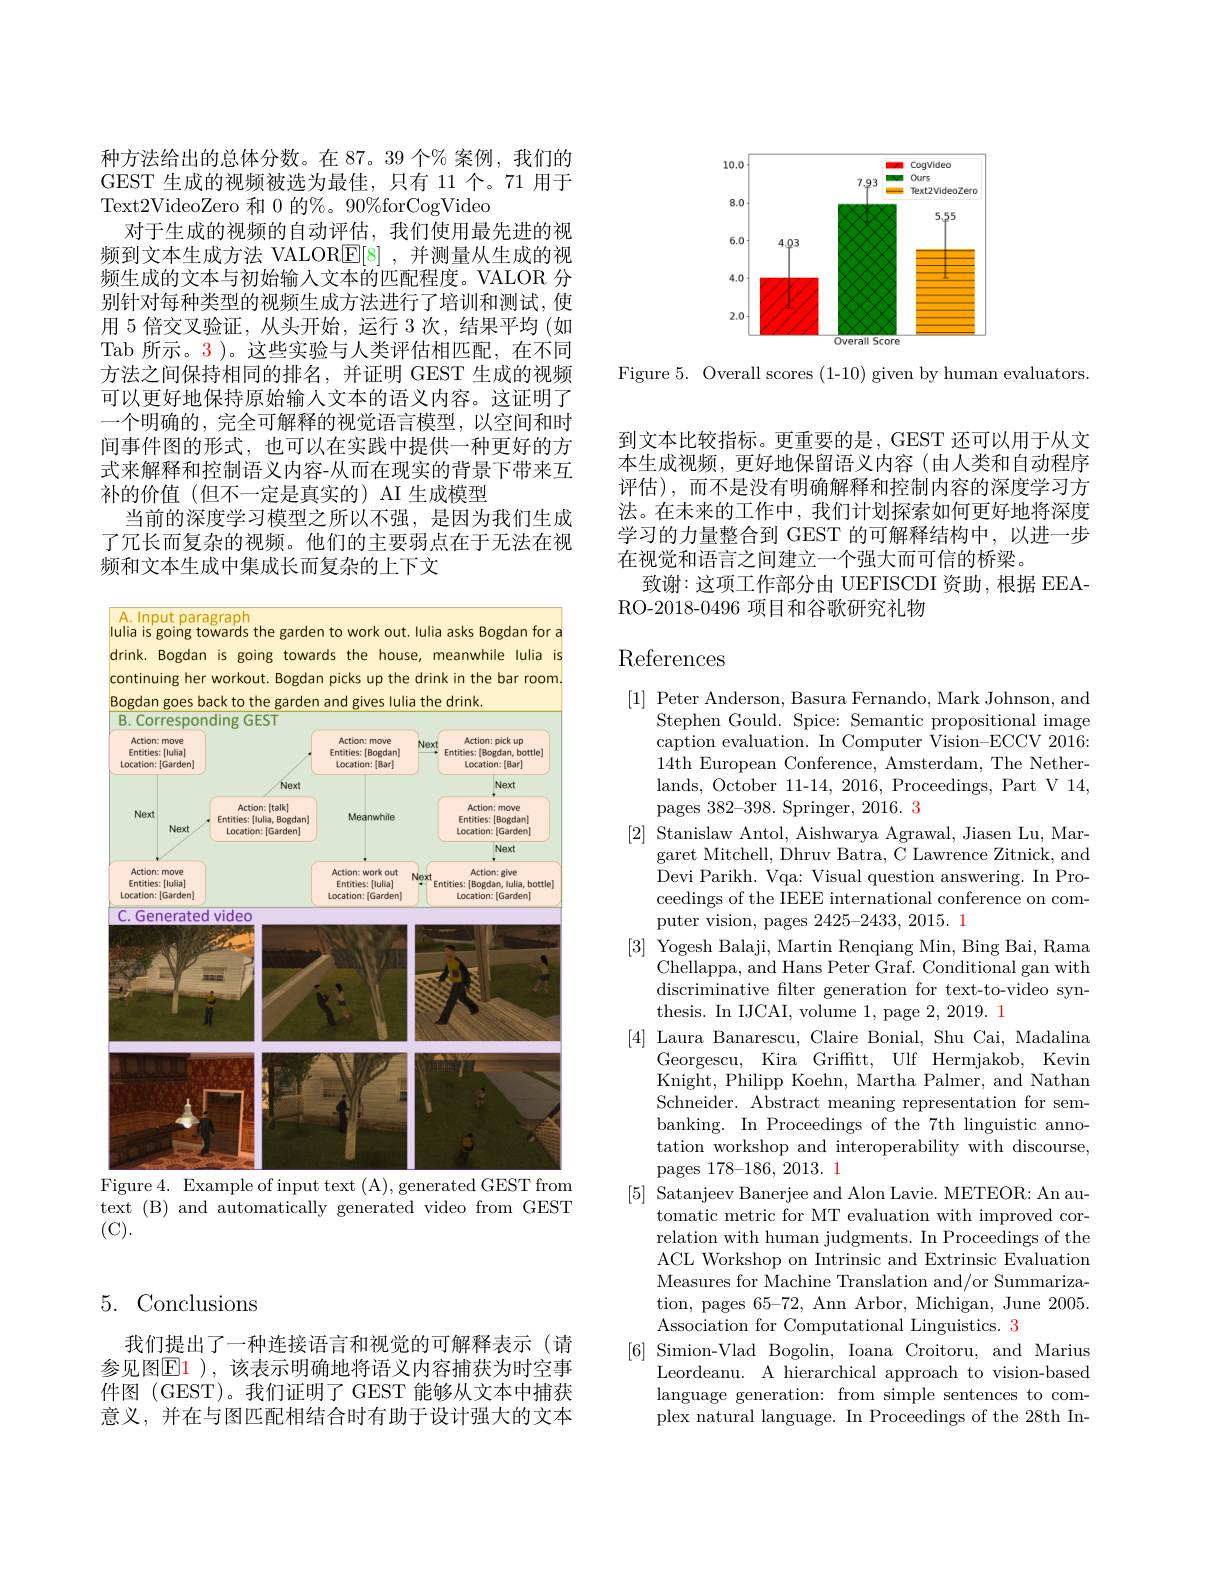
<FigureHere>

Figure 5. Overall scores (1-10) given by human evaluators.

## 5. Conclusions

我们提出了一种连接语言和视觉的可解释表示(请参见图$\operatorname{El}$1 ),该表示明确地将语义内容捕获为时空事件图 (GEST)。我们证明了 GEST 能够从文本中捕获意义，并在与图匹配相结合时有助于设计强大的文本

种方法给出的总体分数。在 87。39 个% 案例，我们的GEST 生成的视频被选为最佳，只有 11 个。71 用于Text2VideoZero 和 0 的%。90%forCogVideo
对于生成的视频的自动评估，我们使用最先进的视频到文本生成方法 VALOR$\mathbb{E}[8]$ ,并测量从生成的视频生成的文本与初始输入文本的匹配程度。VALOR 分别针对每种类型的视频生成方法进行了培训和测试，使用 5 倍交叉验证，从头开始，运行 3 次，结果平均 (如Tab 所示。3 )。这些实验与人类评估相匹配，在不同方法之间保持相同的排名，并证明 GEST 生成的视频可以更好地保持原始输入文本的语义内容。这证明了一个明确的，完全可解释的视觉语言模型，以空间和时间事件图的形式，也可以在实践中提供一种更好的方式来解释和控制语义内容-从而在现实的背景下带来互补的价值(但不一定是真实的) AI 生成模型
当前的深度学习模型之所以不强，是因为我们生成了冗长而复杂的视频。他们的主要弱点在于无法在视频和文本生成中集成长而复杂的上下文

$\boxed{\text{A.Input paragraph}}$
lulia is going towards the garden to work out. lulia asks Bogdan for a drink. Bogdan is going towards the house, meanwhile Iulia is continuing her workout. Bogdan picks up the drink in the bar room, Bogdan goes back to the garden and gives lulia the drink.

<FigureHere>
Figure 4. Example of input text (A), generated GEST from

text (B) and automatically generated video from GEST
(C).

到文本比较指标。更重要的是，GEST 还可以用于从文本生成视频，更好地保留语义内容(由人类和自动程序评估),而不是没有明确解释和控制内容的深度学习方法。在未来的工作中，我们计划探索如何更好地将深度学习的力量整合到 GEST 的可解释结构中，以进一步在视觉和语言之间建立一个强大而可信的桥梁。
致谢：这项工作部分由 UEFISCDI 资助，根据 EEA-
RO-2018-0496 项目和谷歌研究礼物

## $\operatorname{References}$

[1] Peter Anderson, Basura Fernando, Mark Johnson, and
Stephen Gould. Spice: Semantic propositional image caption evaluation. In Computer Vision-ECCV 2016: 14th European Conference, Amsterdam, The Netherlands, October 11-14, 2016, Proceedings, Part V 14, pages 382-398. Springer, 2016. 3
[2] Stanislaw Antol, Aishwarya Agrawal, Jiasen Lu, Mar-
garet Mitchell, Dhruv Batra, C Lawrence Zitnick, and Devi Parikh. Vqa: Visual question answering. In Proceedings of the IEEE international conference on computer vision, pages 2425-2433, 2015. 1
[3] Yogesh Balaji, Martin Renqiang Min, Bing Bai, Rama
Chellappa, and Hans Peter Graf. Conditional gan with discriminative filter generation for text-to-video synthesis. In IJCAI, volume 1,page 2,2019.1
[4] Laura Banarescu, Claire Bonial, Shu Cai, Madalina
Georgescu, Kira Grifftt, Ulf Hermjakob, Kevin $\bar{\mathrm{Knight,~Philipp~Koehn,~Martha~Palmer,~and~Nathan}}$ Schneider. Abstract meaning representation for sembanking. In Proceedings of the 7th linguistic annotation workshop and interoperability with discourse, pages 178-186, 2013. 1
[5] Satanjeev Banerjee and Alon Lavie. METEOR: An au-
tomatic metric for MT evaluation with improved correlation with human judgments. In Proceedings of the ACL Workshop on Intrinsic and Extrinsic Evaluation Measures for Machine Translation and/or Summarization, pages 65-72, Ann Arbor, Michigan, June 2005. Association for Computational Linguistics. 3
[6] Simion-Vlad Bogolin, Ioana Croitoru, and Marius
Leordeanu. A hierarchical approach to vision-based language generation: from simple sentences to complex natural language. In Proceedings of the 28th In-